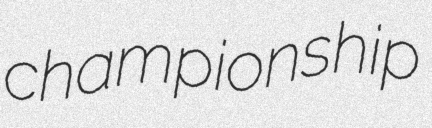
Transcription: championship